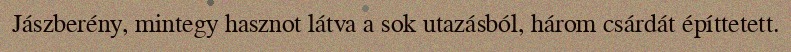
Jászberény, mintegy hasznot látva a sok utazásból, három csárdát építtetett.